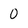
Character: 0